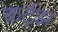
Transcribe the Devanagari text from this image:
कर्ट्झ